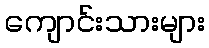
ကျောင်းသားများ